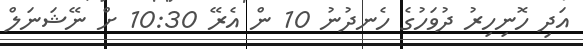
އަދި ހޮނިހިރު ދުވަހުގެ ހެނދުނު 10 ން އެރޭ 10:30 ށް ނޭޝަނަލް